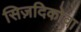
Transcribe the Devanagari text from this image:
सिज़दिकोवा